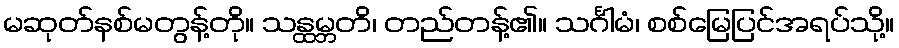
မဆုတ်နစ်မတွန့်တို။ သန္ထမ္ဘတိ၊ တည်တန့်၏။ သင်္ဂါမံ၊ စစ်မြေပြင်အရပ်သို့။